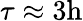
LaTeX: \tau\approx 3\mathrm{h}